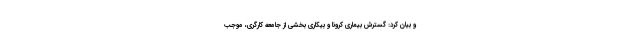
و بیان کرد: گسترش بیماری کرونا و بیکاری بخشی از جامعه کارگری، موجب